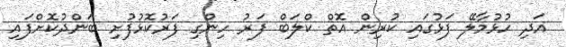
އަދި ހުޅުމާލޭ ފަޅުގައި ކުރިން އޮތް ކްލަބް ފަރު ހިންގި ފަރުކޮޅުފުށި ބަންދުކޮށްފައި